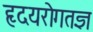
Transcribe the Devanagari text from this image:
हृदयरोगतज्ञ